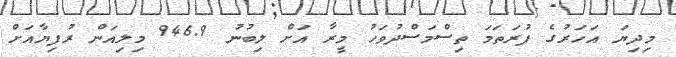
މިދިޔަ އަހަރުގެ ފުރަތަމަ ތިސްމަސްދުވަހު މީރާ އަށް ލިބުނު 946.9 މިލިއަން ރުފިޔާއަށް